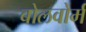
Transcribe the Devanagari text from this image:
बोलवोर्म